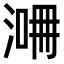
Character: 𣸙